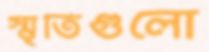
স্মৃতিগুলো